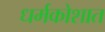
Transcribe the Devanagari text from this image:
धर्मकोशात